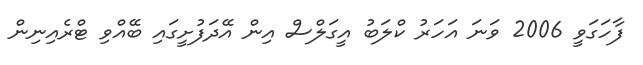
ފާހަގަވީ 2006 ވަނަ އަހަރު ކްލަބު އީގަލްސް އިން އޭދަފުށީގައި ބޭއްވި ޓްރެއިނިން